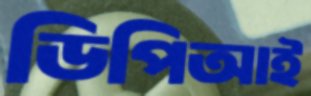
ডিপিআই